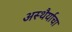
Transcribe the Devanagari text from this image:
अस्थैर्याचा